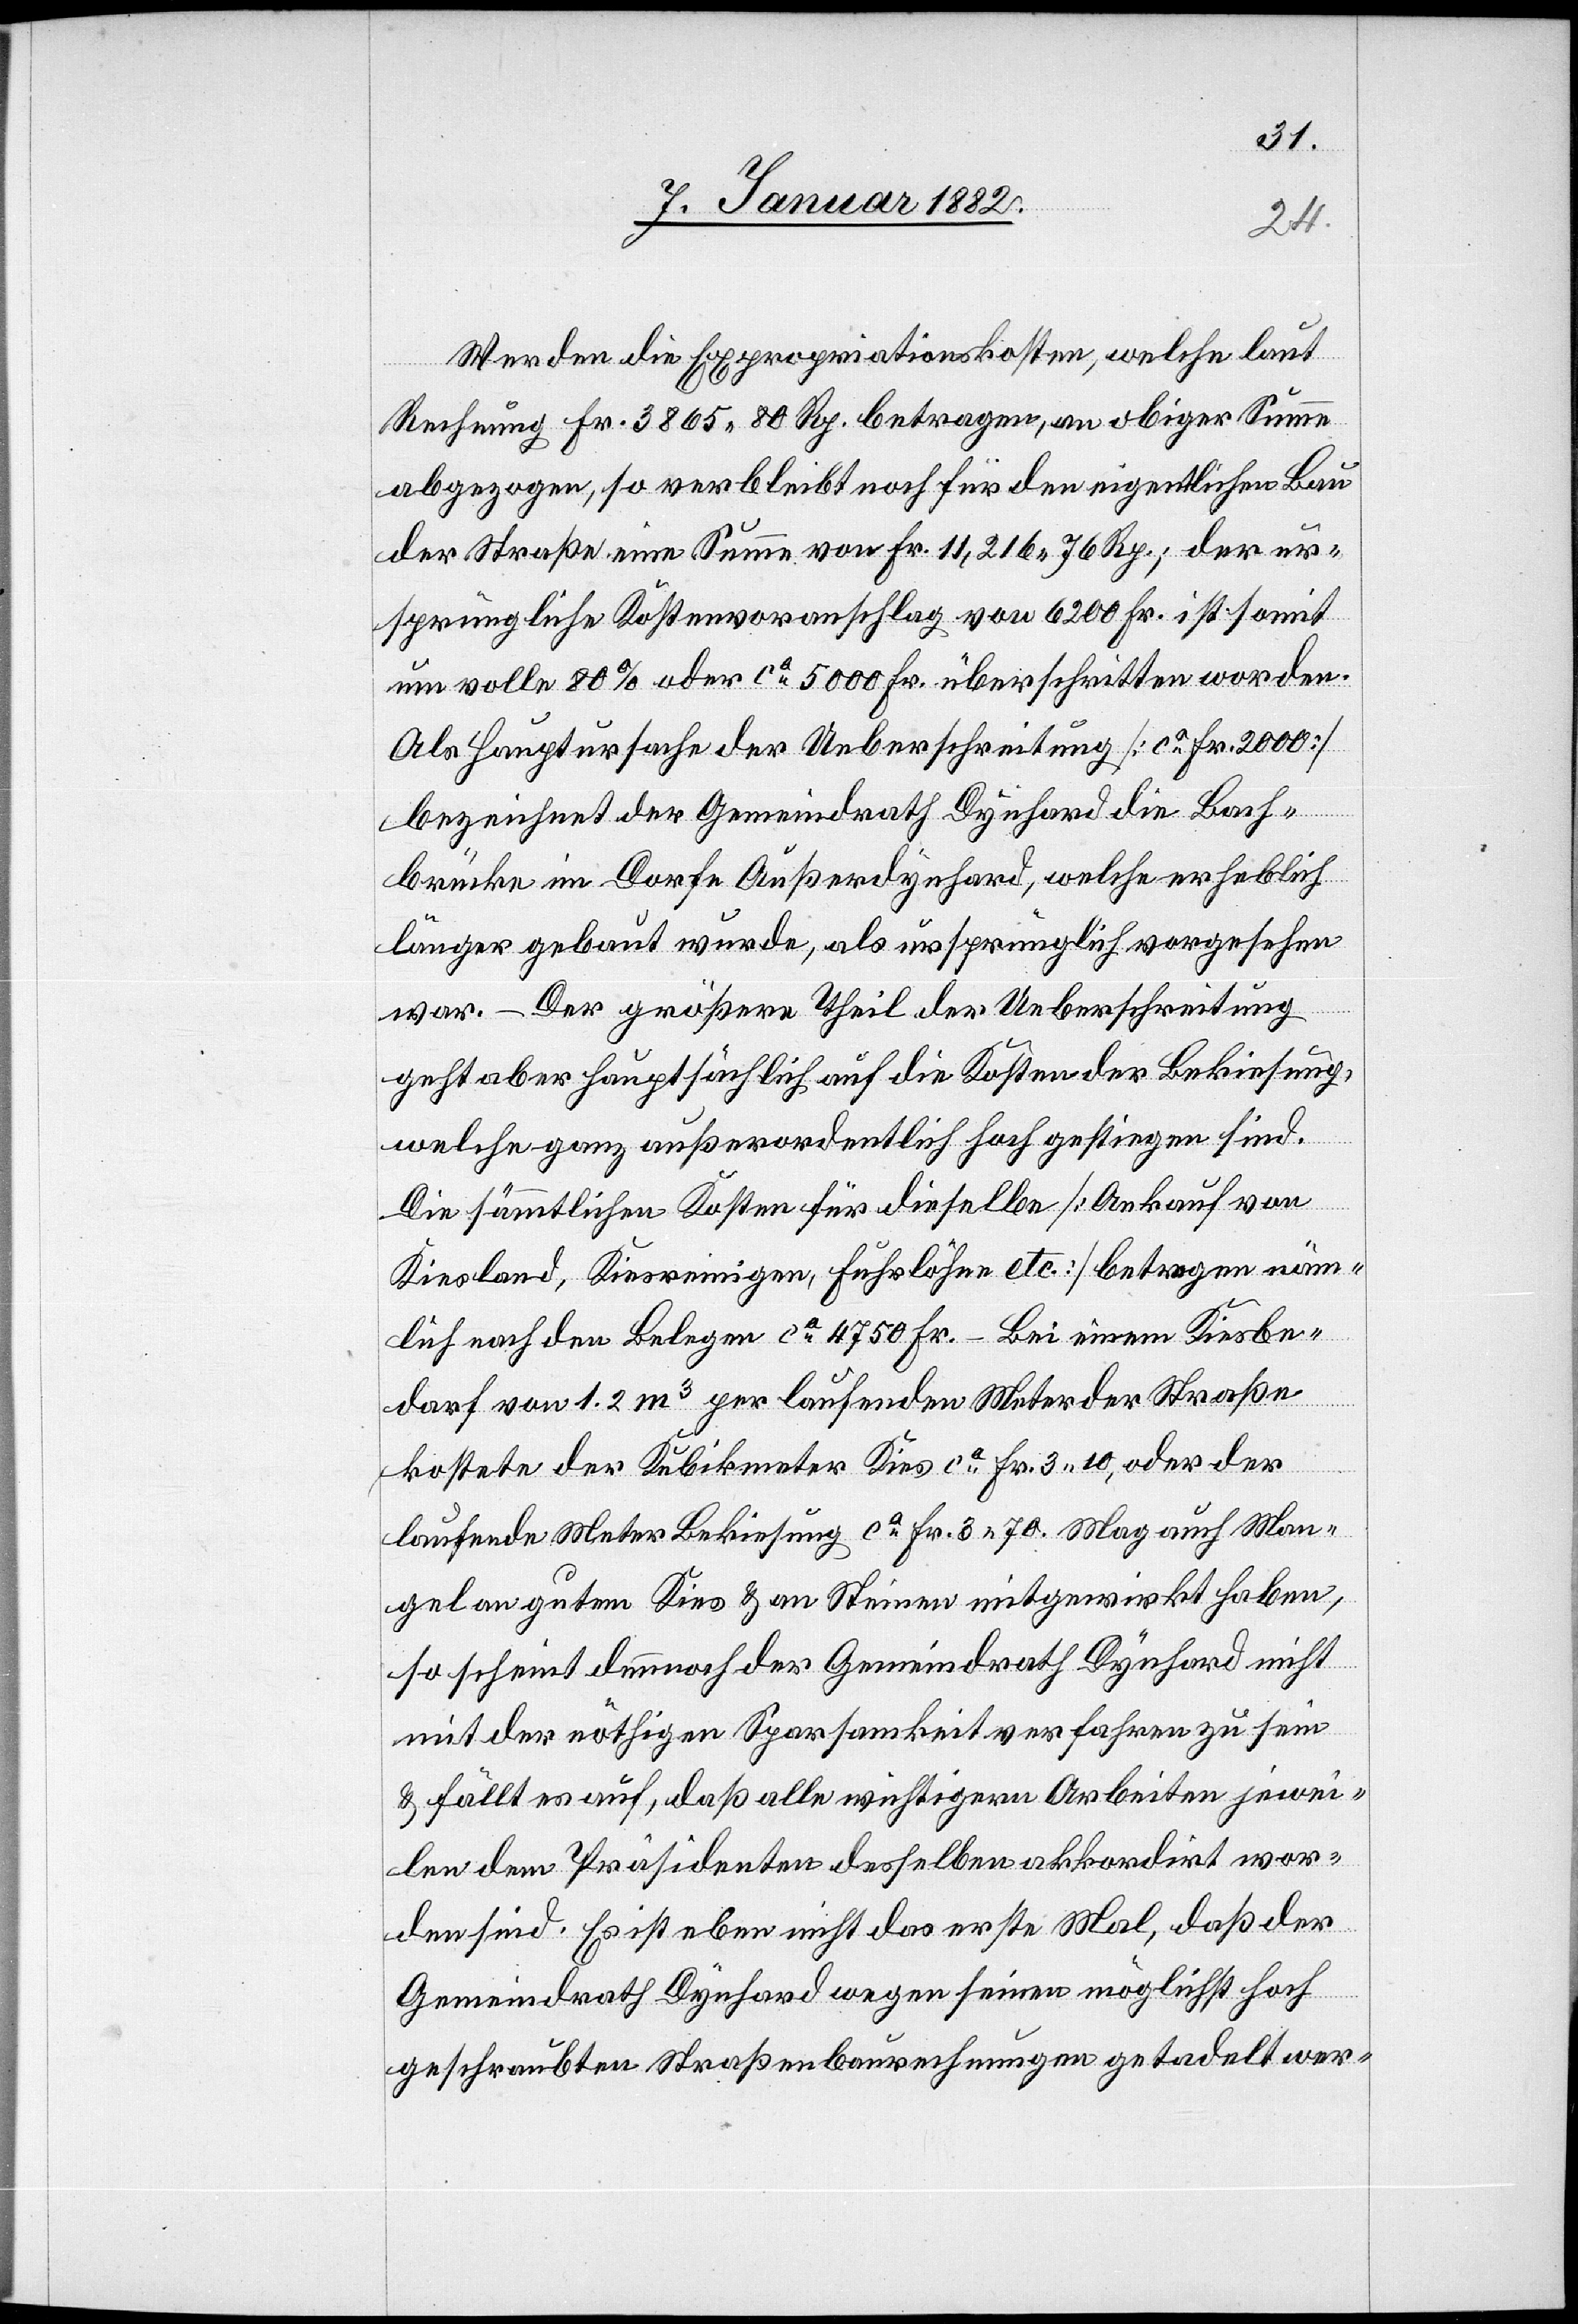
Werden die Expropriationskosten, welche laut
Rechnung Fr. 3865 80 Rp. betragen, an obiger Summe
abgezogen, so verbleiben noch für den eigentlichen Bau
der Straße eine Summe von Fr. 11,216 76 Rp.; der ur¬
sprüngliche Kostenvoranschlag von 6200 Fr. ist somit
um volle 80% oder ca 5000 Fr. überschritten worden.
Als Hauptursache der Ueberschreitung [ca Fr. 2000]
bezeichnet der Gemeindrath Dynhard die Bahn¬
brücke im Dorfe Außerdynhard, welche erheblich
länger gebaut wurde, als ursprünglich vorgesehen
war. – Der größere Theil der Ueberschreitung
geht aber hauptsächlich auf die Kosten der Bekiesung,
welche ganz außerordentlich hoch gestiegen sind.
Die sämmtlichen Kosten für dieselbe [Ankauf von
Kiesland, Kiesreinigen, Fuhrlöhne etc.] betragen näm¬
lich nach den Belegen ca 4750 Fr. – Bei einem Kiesbe¬
darf von 1.2 m3 per laufenden Meter der Straße
kostete der Kubikmeter Kies ca Fr. 3 10., oder der
laufende Meter Bekiesung ca Fr. 3 70. Mag auch Man¬
gel an gutem Kies & an Steinen mitgewirkt haben,
so scheint dennoch der Gemeindrath Dynhard nicht
mit der nöthigen Sparsamkeit verfahren zu sein
& fällt es auf, daß alle wichtigen Arbeiten jewei¬
len dem Präsidenten deselben akkordiert wor¬
den sind Es ist eben nicht das erste Mal, daß der
Gemeindrath Dynhard wegen seinen möglichst hoch
geschraubten Straßenbaurechnungen getadelt wer-